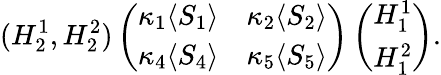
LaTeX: (H_{2}^{1},H_{2}^{2})\left(\begin{array}{cc}{{\kappa_{1}\langle S_{1}\rangle}}&{{\kappa_{2}\langle S_{2}\rangle}}\\ {{\kappa_{4}\langle S_{4}\rangle}}&{{\kappa_{5}\langle S_{5}\rangle}}\end{array}\right)\left(\begin{array}{c}{{H_{1}^{1}}}\\ {{H_{1}^{2}}}\end{array}\right).